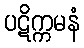
ပဋိက္ကမနံ